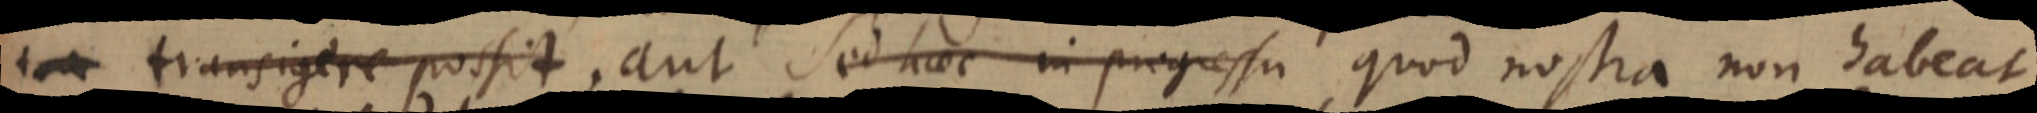
transigere possit, aut Sed haec in progressu quod nostra non habeat